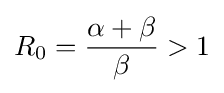
R_{0}={\alpha +\beta  \over \beta }>1